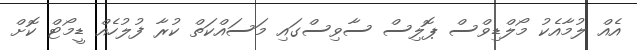
އެއް ލުމާއެކު މޯލްޑިވްސް ޕޮލިސް ސާވިސްގައި މަސައްކަތް ކުރާ ފުލުހެއް ޑީމޯޓް ކޮށް